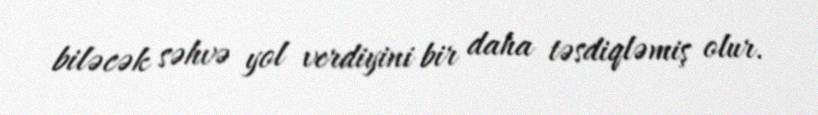
biləcək səhvə yol verdiyini bir daha təsdiqləmiş olur.